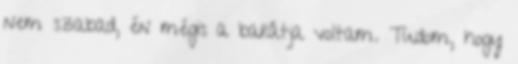
nem sza­bad, én mégis a barátja voltam. Tudom, hogy